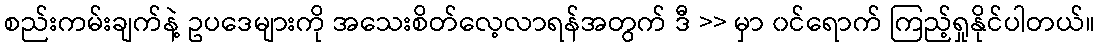
စည်းကမ်းချက်နဲ့ ဥပဒေများကို အသေးစိတ်လေ့လာရန်အတွက် ဒီ >> မှာ ၀င်ရောက် ကြည့်ရှုနိုင်ပါတယ်။